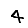
Digit: 4